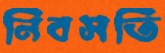
নিবসতি